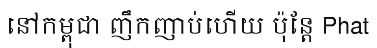
នៅកម្ពុជា ញឹកញាប់ហើយ ប៉ុន្តែ Phat